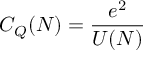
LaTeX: C _ { Q } ( N ) = { \frac { e ^ { 2 } } { U ( N ) } }